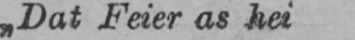
„Dat F’eier as hei